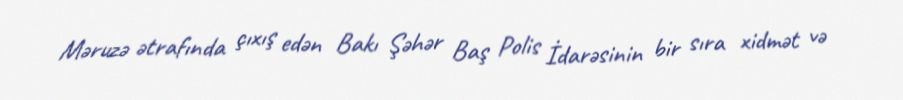
Məruzə ətrafında çıxış edən Bakı Şəhər Baş Polis İdarəsinin bir sıra xidmət və